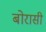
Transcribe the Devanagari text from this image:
बोरासी